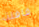
قافلة